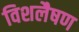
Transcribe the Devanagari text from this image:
विशलैषण